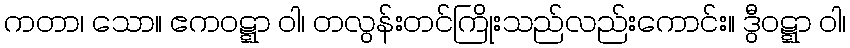
ကတာ၊ သော။ ဧကဝဋ္ဋာ ဝါ၊ တလွန်းတင်ကြိုးသည်လည်းကောင်း။ ဒွီဝဋ္ဋာ ဝါ၊